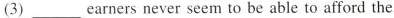
(3)___earners never seem to be able to afford the